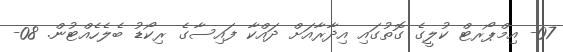
07- އިމްޕޯރޓް ކުލީގެ ގޮތުގައި އިދާރާއަށް ދައްކާ ފައިސާގެ ރިކޯޑު ބެލެހެއްޓުން. 08-